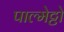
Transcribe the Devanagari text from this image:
पाल्मेट्टो